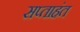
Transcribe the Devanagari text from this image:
सप्‍ताहंत